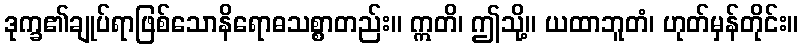
ဒုက္ခ၏ချုပ်ရာဖြစ်သောနိရောဓသစ္စာတည်း။ ဣတိ၊ ဤသို့။ ယထာဘူတံ၊ ဟုတ်မှန်တိုင်း။